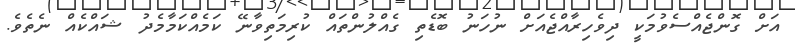
އަށް ގޮންޖެއްސެވުމަކީ ދިވެހިރާއްޖެއަށް ނުހަނު ބޮޑެތި ގެއްލުންތައް ކުރިމަތިވާނޭ ކަމެއްކަމާމެދު ޝައްކެއް ނެތެވެ.